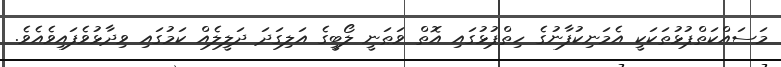
މަސައްކަތްޕުޅުތަކަކީ އެމަނިކުފާނުގެ ހިތްޕުޅުގައި އޮތް ވަޠަނީ ލޯބީގެ އަލިގަދަ ދަލީލެއް ކަމުގައި ވިދާޅުވެފައިވެއެވެ.